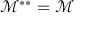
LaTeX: \mathcal { M } ^ { \ast \ast } = \mathcal { M }